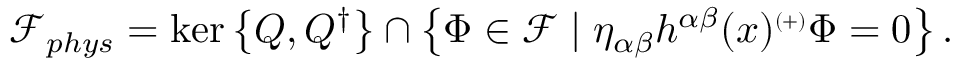
{ \mathcal { F } } _ { p h y s } = \ker \left\{ Q , Q ^ { \dagger } \right\} \cap \left\{ \Phi \in { \mathcal { F } } \mid \eta _ { \alpha \beta } h ^ { \alpha \beta } ( x ) ^ { \scriptscriptstyle ( + ) } \Phi = 0 \right\} .